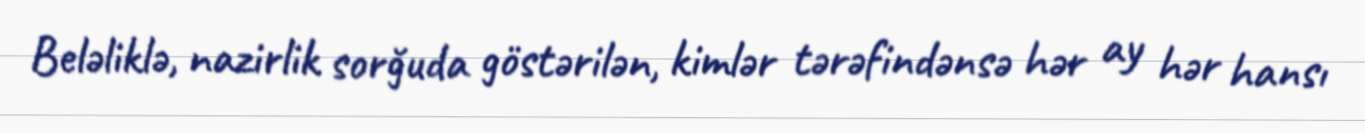
Beləliklə, nazirlik sorğuda göstərilən, kimlər tərəfindənsə hər ay hər hansı